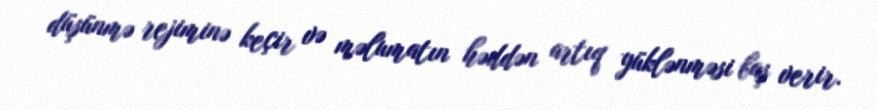
düşünmə rejiminə keçir və məlumatın həddən artıq yüklənməsi baş verir.